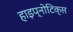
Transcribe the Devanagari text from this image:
हाइप्नोटिक्स